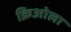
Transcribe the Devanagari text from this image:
क्रिओला